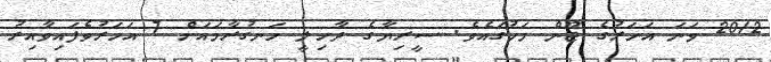
2012 ވަނަ އަހަރުގެ ޖޫން މަހުގައެވެ. ސީރިޔާގެ ދާހިލީ ހަނގުރާމައަށް 7 އަހަރުވެފައިވާއިރު